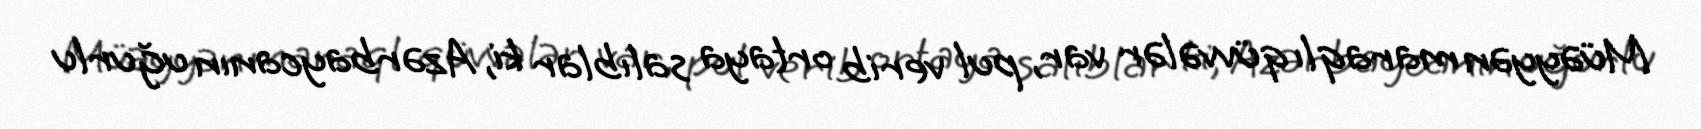
Müəyyən maraqlı qüvvələr var, pul verib ortaya salıblar ki, Azərbaycanın uğurlu